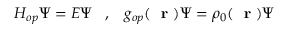
H _ { o p } \Psi = E \Psi \; \; \; , \; \; \; g _ { o p } ( \mathrm { ~ \bf ~ r ~ } ) \Psi = \rho _ { 0 } ( \mathrm { ~ \bf ~ r ~ } ) \Psi